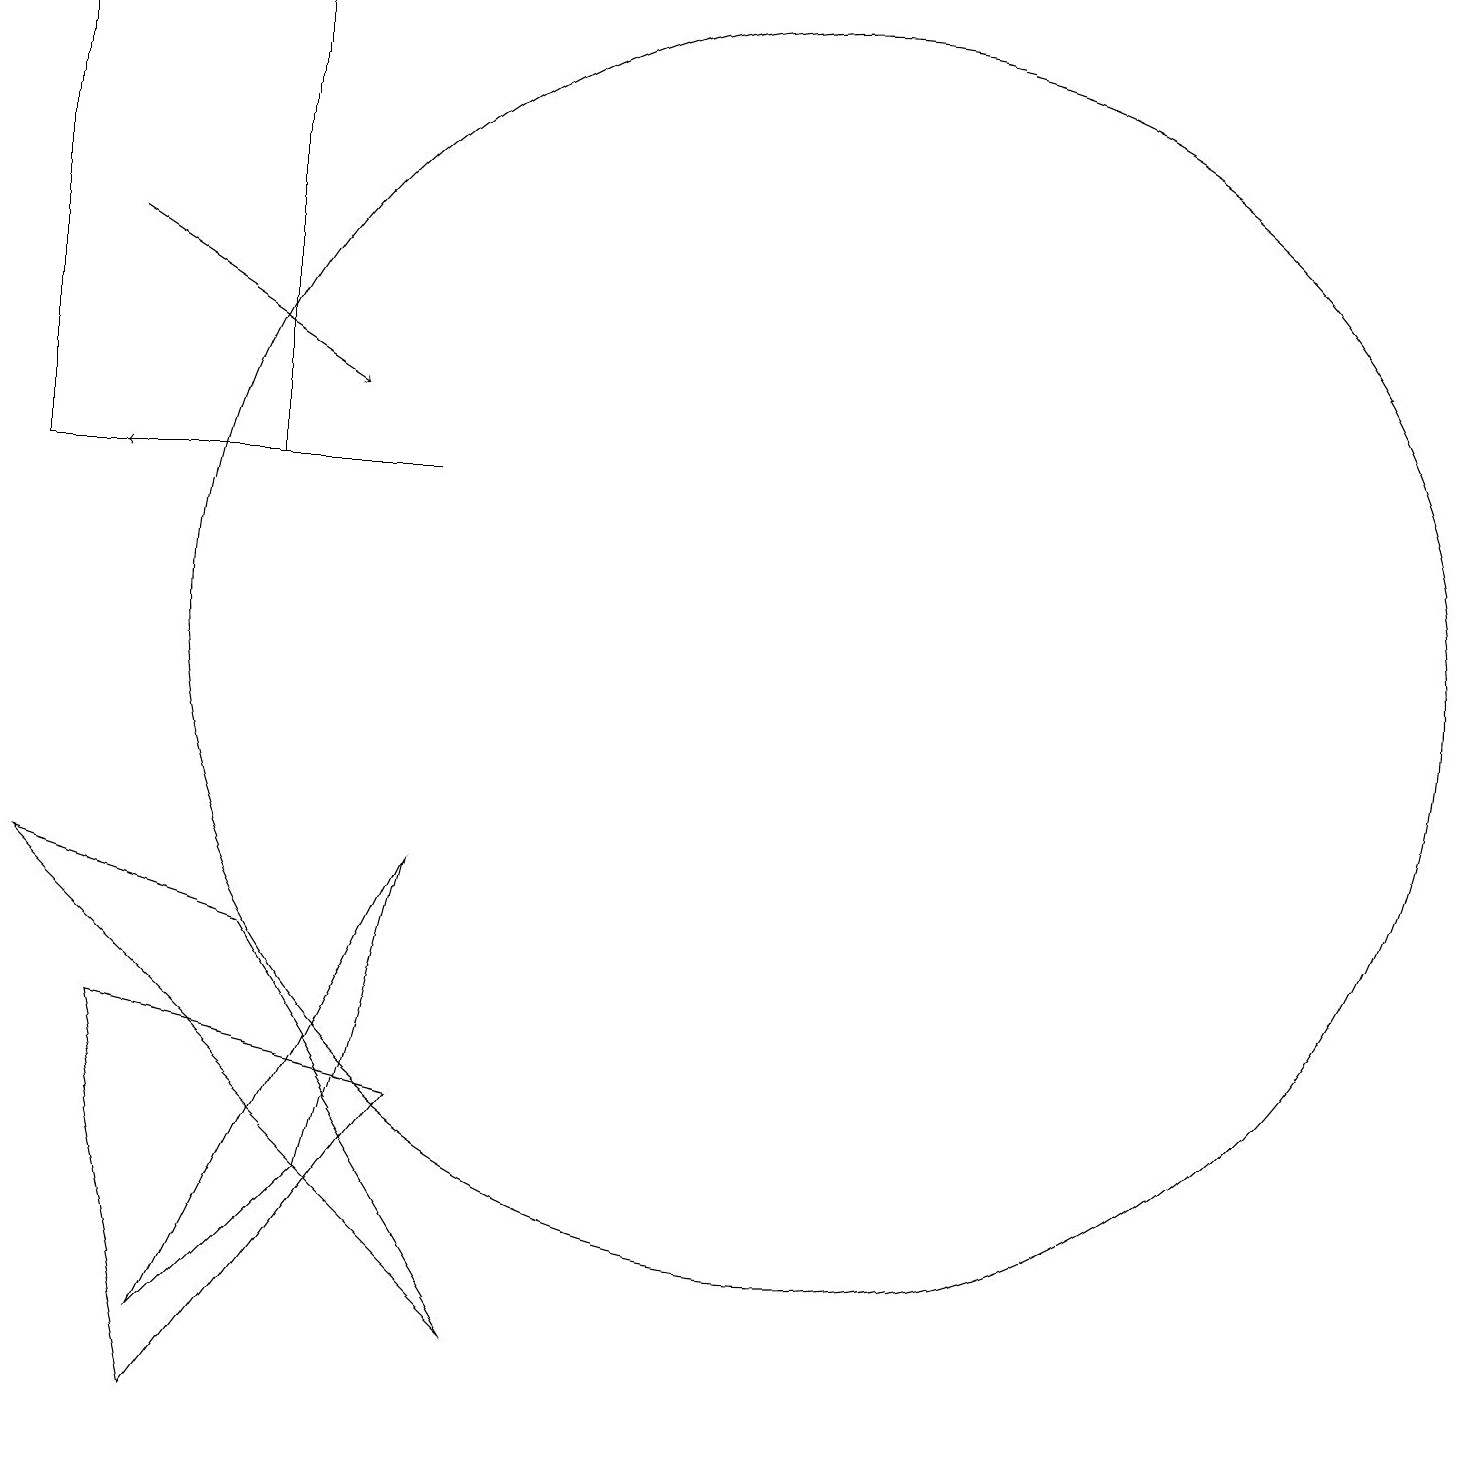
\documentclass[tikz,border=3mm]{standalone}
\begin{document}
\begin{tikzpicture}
\draw[->] (5,12) -- (1,12);
\draw (0,12) rectangle (3,18);
\draw (4,3) -- (2,1) -- (5,7) -- cycle;
\draw (2,0) -- (5,4) -- (1,5) -- cycle;
\draw (0,7) -- (3,6) -- (6,1) -- cycle;
\draw (10,10) circle (8);
\draw[->] (1,15) -- (4,13);
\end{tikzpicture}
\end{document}